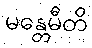
မန္တေမီတိ